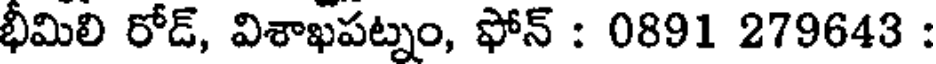
భీమిలి రోడ్, విశాఖపట్నం, ఫోన్ : 0891 279643 :